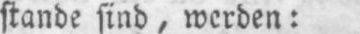
stande sind, werden: